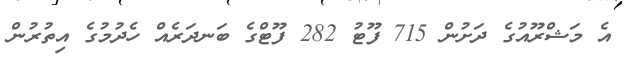
އެ މަޝްރޫއުގެ ދަށުން 715 ފޫޓު 282 ފޫޓްގެ ބަނދަރެއް ހެދުމުގެ އިތުރުން